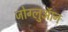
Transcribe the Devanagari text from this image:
जोग्लुऑन